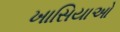
ખાસિયાઓ